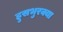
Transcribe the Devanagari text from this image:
हुसभुरक्या